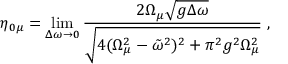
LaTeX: \eta _ { 0 \mu } = \operatorname * { l i m } _ { \Delta \omega \to 0 } \frac { 2 \Omega _ { \mu } \sqrt { g \Delta \omega } } { \sqrt { 4 ( \Omega _ { \mu } ^ { 2 } - \tilde { \omega } ^ { 2 } ) ^ { 2 } + \pi ^ { 2 } g ^ { 2 } \Omega _ { \mu } ^ { 2 } } } \; ,